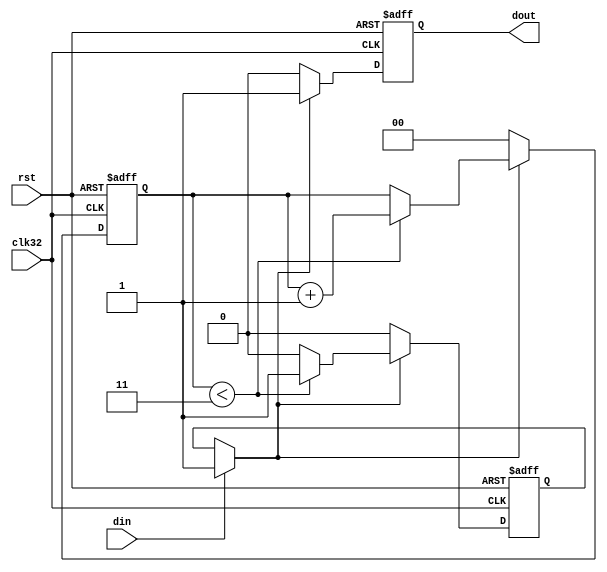
//monostable.v
module monostable(
	rst,clk32,din,
	dout);
	
	input		rst;    //
	input		clk32;  //FPGA:32MHz
	input    din;    
   output   dout;	  //din4
	
   //4clk32
	reg [1:0] c;
	reg start,dtem;
	always @(posedge clk32 or posedge rst)
	   if (rst)
		   begin
			   c = 0;
				start = 0;
				dtem <= 0;
			end 
		else
		   begin
			   if (din)
				   begin
					   start = 1'b1;
						dtem <= 1'b1;
					end
				if (start)
				   begin
					   dtem <= 1'b1;
						if (c<3) 
						   c = c+2'b01;
						else
						   start = 1'b0;
				   end
				else
				   begin
					   c = 0;
						dtem <= 1'b0;
					end
			end
			
	assign dout = dtem;
	
endmodule